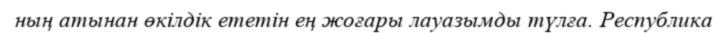
ның атынан өкілдік ететін ең жоғары лауазымды түлға. Республика